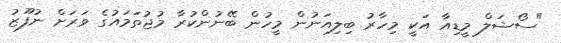
"ސޯޝަލް މީޑިއާ އަކީ މިހާރު ބިލިއަނުން މީހުން ބޭނުންކުރާ މުޖުތަމައުގެ ވަރަށް ނުފޫޒު